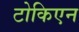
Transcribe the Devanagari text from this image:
टोकिएन